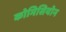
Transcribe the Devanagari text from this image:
कोमिसियोन